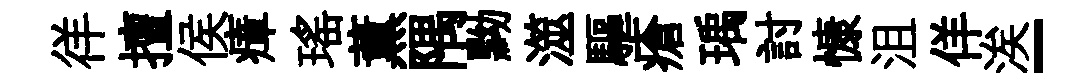
徉擅侯瘴瑤薫隅黝澨驅瘡瑀討慷沮佯涘-